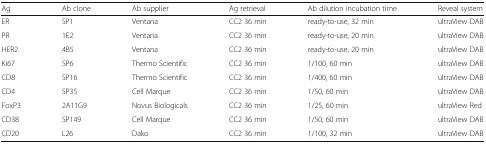
<table><thead><tr><td><b>Ag</b></td><td><b>Ab clone</b></td><td><b>Ab supplier</b></td><td><b>Ag retrieval</b></td><td><b>Ab dilution incubation time</b></td><td><b>Reveal system</b></td></tr></thead><tbody><tr><td>ER</td><td>SP1</td><td>Ventana</td><td>CC2 36 min</td><td>ready-to-use, 32 min</td><td>ultraView DAB</td></tr><tr><td>PR</td><td>1E2</td><td>Ventana</td><td>CC2 36 min</td><td>ready-to-use, 20 min</td><td>ultraView DAB</td></tr><tr><td>HER2</td><td>4B5</td><td>Ventana</td><td>CC2 36 min</td><td>ready-to-use, 20 min</td><td>ultraView DAB</td></tr><tr><td>Ki67</td><td>SP6</td><td>Thermo Scientific</td><td>CC2 36 min</td><td>1/100, 60 min</td><td>ultraView DAB</td></tr><tr><td>CD8</td><td>SP16</td><td>Thermo Scientific</td><td>CC2 36 min</td><td>1/400, 60 min</td><td>ultraView DAB</td></tr><tr><td>CD4</td><td>SP35</td><td>Cell Marque</td><td>CC2 36 min</td><td>1/50, 60 min</td><td>ultraView DAB</td></tr><tr><td>FoxP3</td><td>2A11G9</td><td>Novus Biologicals</td><td>CC2 36 min</td><td>1/25, 60 min</td><td>ultraView Red</td></tr><tr><td>CD38</td><td>SP149</td><td>Cell Marque</td><td>CC2 36 min</td><td>1/50, 60 min</td><td>ultraView DAB</td></tr><tr><td>CD20</td><td>L26</td><td>Dako</td><td>CC2 36 min</td><td>1/100, 32 min</td><td>ultraView DAB</td></tr></tbody></table>